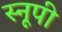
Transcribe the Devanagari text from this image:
स्नूपी